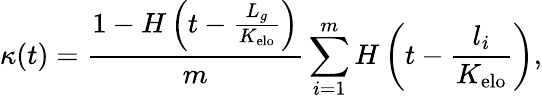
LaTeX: \kappa(t)=\frac{1-H\left(t-\frac{L_{g}}{K_{\mathrm{elo}}}\right)}{m}\sum_{i=1}^{m}H\left(t-\frac{l_{i}}{K_{\mathrm{elo}}}\right),